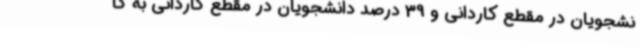
نشجویان در مقطع کاردانی و 39 درصد دانشجویان در مقطع کاردانی به کا